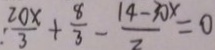
\frac { 2 0 x } { 3 } + \frac { 8 } { 3 } - \frac { 1 4 - 3 0 x } { 2 } = 0